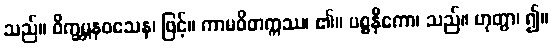
သည်။ ဝိက္ခမ္ဘနဝသေန၊ ဖြင့်။ ကာမဝိတက္ကဿ၊ ၏။ ပစ္စနီကော၊ သည်။ ဟုတွာ၊ ၍။